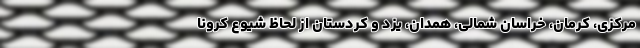
مرکزی، کرمان، خراسان شمالی، همدان، یزد و کردستان از لحاظ شیوع کرونا